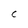
Character: C